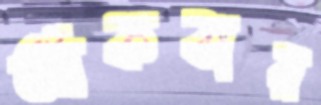
আঁকবার